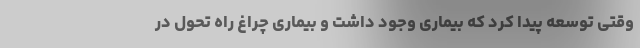
وقتی توسعه پیدا کرد که بیماری وجود داشت و بیماری چراغ راه تحول در